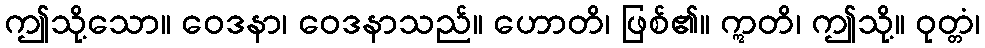
ဤသို့သော။ ဝေဒနာ၊ ဝေဒနာသည်။ ဟောတိ၊ ဖြစ်၏။ ဣတိ၊ ဤသို့။ ဝုတ္တံ၊